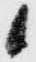
候